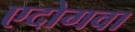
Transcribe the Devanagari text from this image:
एदोगवा